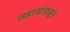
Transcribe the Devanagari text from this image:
लहानांपासुन